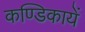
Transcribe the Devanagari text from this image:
कण्डिकायें